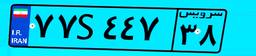
۱۸S۹۸۹۶۱